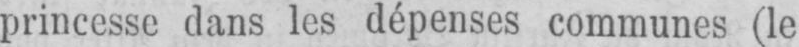
princesse dans les dépenses communes (le